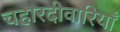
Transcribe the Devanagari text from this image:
चहारदीवारियाँ